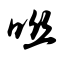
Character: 咝